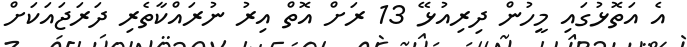
އެ އަތޮޅުގައި މީހުން ދިރިއުޅޭ 13 ރަށް އޮތް އިރު ނުރައްކާތެރި ދަރަޖައަކަށް